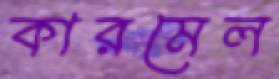
কারমেল